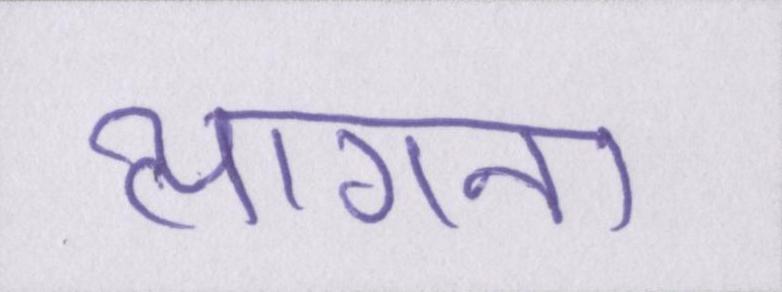
त्यागना